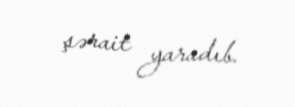
şərait yaradıb.